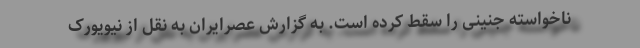
ناخواسته جنینی را سقط کرده است. به گزارش عصرایران به نقل از نیویورک